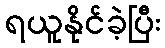
ရယူနိုင်ခဲ့ပြီး